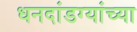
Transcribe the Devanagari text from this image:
धनदांडग्यांच्या